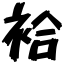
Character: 袷